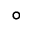
^ { \circ }